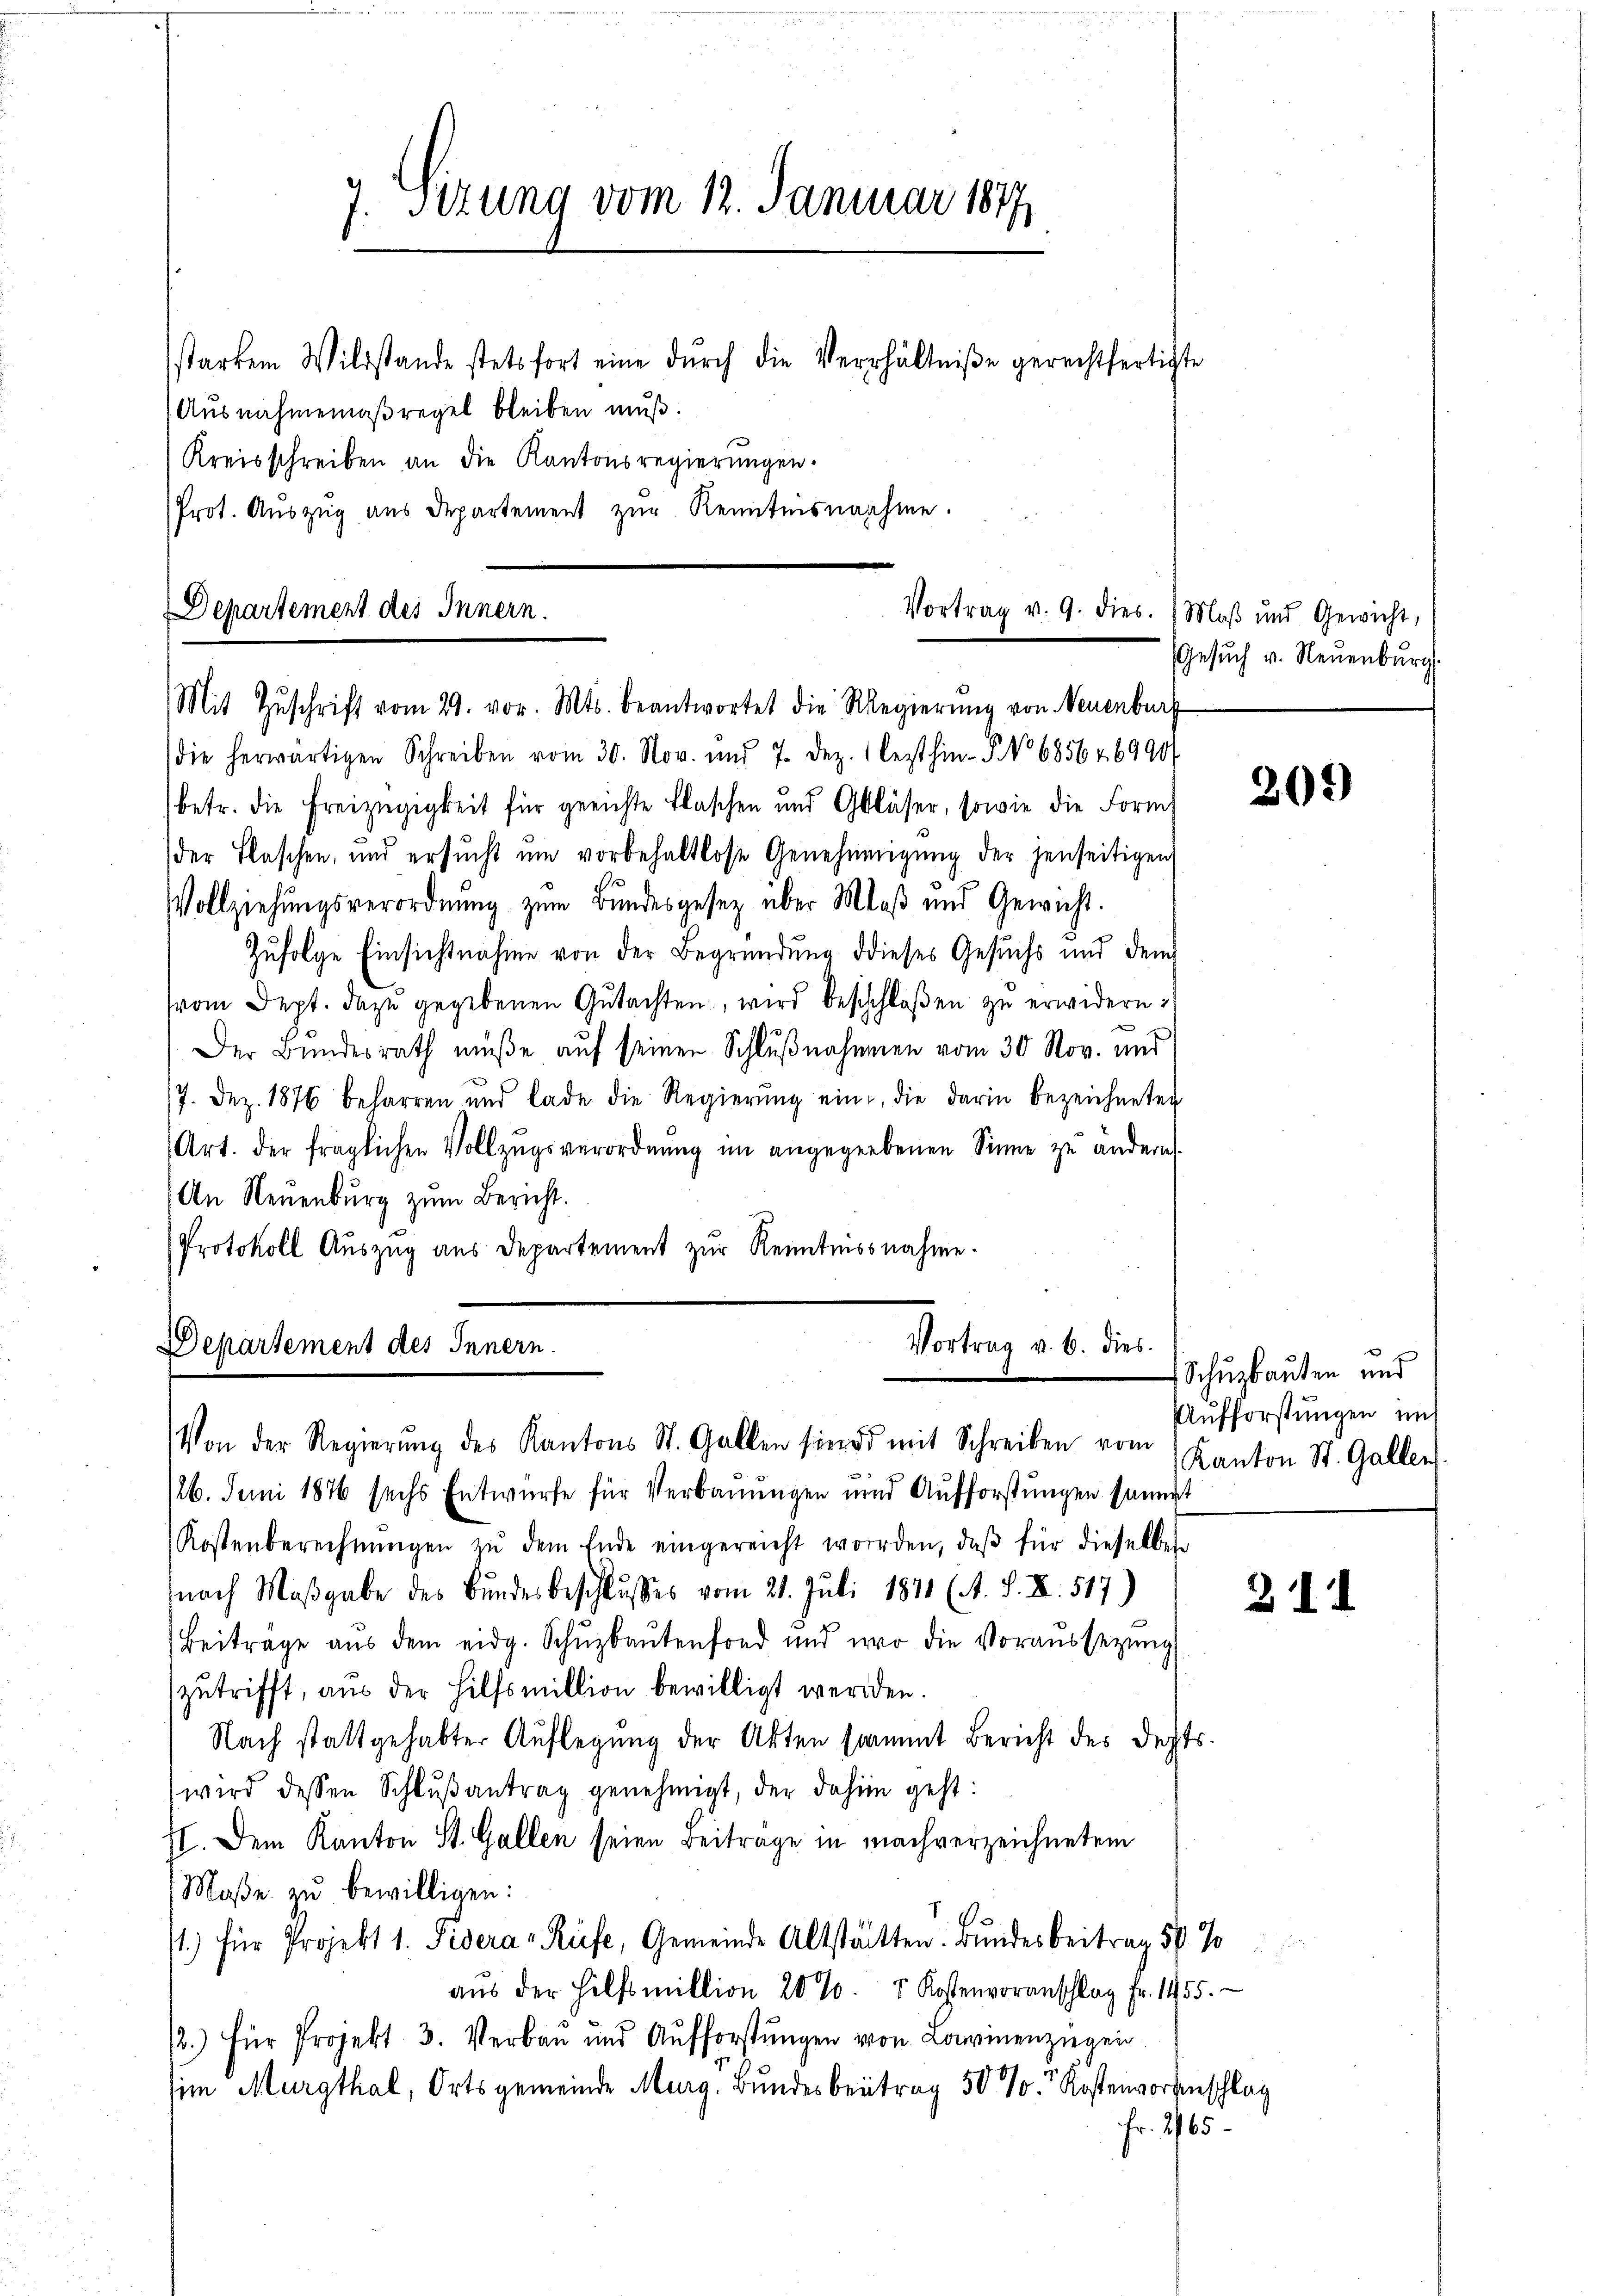
7. Sizung vom 12. Januar 1877
starkem Wildstande stetsfort eine dŭrch die Verhältniße gerechtfertigte
(Ausnahmemaßregel bleiben muß.

Kreisschreiben an die Kantonsregierungen.
Prot. Aŭszŭg aŭs departement zŭr Kenntnisnahme.

Departement des Innern.
Vortrag v. 9. dies.
Mit Zŭschrift vom 29. vor. Mts. beantwortet die Regierŭng von Neuenburg

die herwärtigen Schreiben vom 30. Nov. und 7. dez. lezthin No 68564. 69904
betr. die Freizügigkeit für gerichte Flaschen und Gläser, sowie die Form
(der Flaschen, und ersŭcht um vorbehaltlose Genehmigŭng der jenseitigen,
Vollziehŭngsverordnŭng zŭm Bŭndesgesetz über Maβ und Gewicht.
Zufolge Einsichtnahme von der Begründung dieses Gesuchs und dem
(vom Sept. dazŭ gegebenen Gutachten, wird beschloßen zu erwidern:
Der Bundesrath müße auf seinen Schlußnahmen vom 30. Nov. und
17. Dez. 1876 beharren und lade die Regierŭng ein, die darin bezeichneten
(Art. der fraglichen Vollzŭgsverordnŭng im angegebenen Sinne zu ändern.
An Neuenburg zŭm Bericht.
Protokoll Auszug aus Departement zur Kenntnissnahme.

Vortrag v. 6. dies
Departement des Innern.
Von der Regierŭng des Kantons St. Gallen sind mit Schreiben vom Kanton St. Gallen

Maß und Gewicht,
Gesŭch v. Neuenburg.

/26. Juni 1876 sechs Entwurfe für Verbauungen und Aufforstungen sammt
Kostenberechnŭngen zŭ dem Ende eingereicht worden, daβ für dieselben
nach Maβgabe des Bundesbeschlusses vom 21. Juli 1871 (A. S. XI. 517)
Beiträge aŭs dem eidg. Schŭzbaŭtenfond und wo die Voraŭssetzŭng
zutrifft, aus der Hilfsmillion bewilligt werden.
Nach stattgehabter Auflegung der Akten stammt Bericht des Depts.
wird dessen Schlŭβantrag genehmigt, der dahin geht:
II. Dem Kanton St. Gallen seien Beiträge in machverzeichnetem
Maße zu bewilligen:
1.) für Projekt 1. Pisera Rüfe, Gemeinde Altstätten. Bundesbeitrag 50 %
aŭs der Hilfsmillion 20 %. " Kostenvoranschlag Fr. 1455.
.) für Projekt 3. Verbau und Aufforstŭngen von Lawinenzügen
(im Murgthal, Orts gemeinde Marg. Bundesbeitrag 50 % Kostenvorgeschlag
Fr. 265.

Schuzbauten und
Aufforstungen mit

209)

3 II